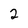
Character: 2